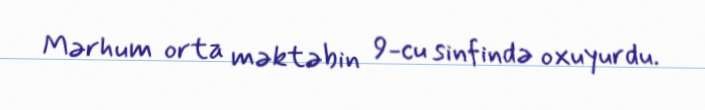
Mərhum orta məktəbin 9-cu sinfində oxuyurdu.